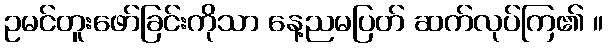
ဥမင်တူးဖော်ခြင်းကိုသာ နေ့ညမပြတ် ဆက်လုပ်ကြ၏ ။